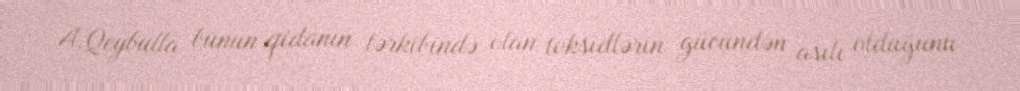
A.Qeybulla bunun qidanın tərkibində olan toksidlərin gücündən asılı olduğunu